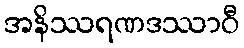
အနိဿရဏဒဿာဝီ